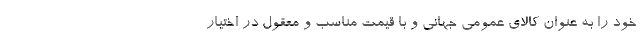
خود را به عنوان کالای عمومی جهانی و با قیمت مناسب و معقول در اختیار